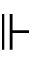
\Vdash